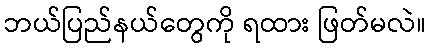
ဘယ်ပြည်နယ်တွေကို ရထား ဖြတ်မလဲ။